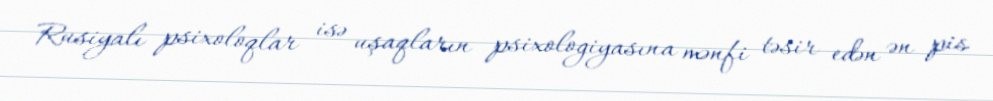
Rusiyalı psixoloqlar isə uşaqların psixologiyasına mənfi təsir edən ən pis